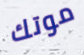
موتك